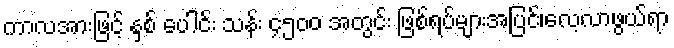
ကာလအားဖြင့် နှစ် ပေါင်း သန်း ၄၅၀၀ အတွင်း ဖြစ်ရပ်များအပြင်၊လေ့လာဖွယ်ရာ